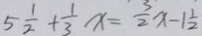
5 \frac { 1 } { 2 } + \frac { 1 } { 3 } x = \frac { 3 } { 2 } x - 1 \frac { 1 } { 2 }